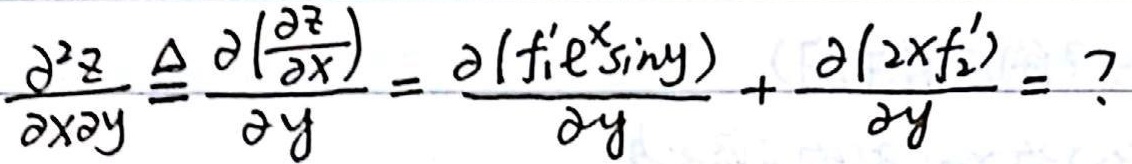
\(\frac{\partial^{2}z}{\partial x\partial y}\triangleq\frac{\partial\left(\frac{\partial z}{\partial x}\right)}{\partial y}=\frac{\partial\left(f_{1}'e^{x}\sin y\right)}{\partial y}+\frac{\partial\left(2xf_{2}'\right)}{\partial y}=?\)